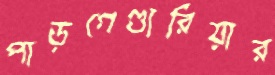
পাড়গেণ্ডারিয়ার